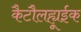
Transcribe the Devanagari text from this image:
कैटौलह्यूईक